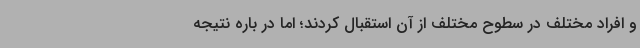
و افراد مختلف در سطوح مختلف از آن استقبال کردند؛ اما در باره نتیجه